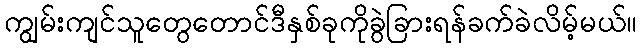
ကျွမ်းကျင်သူတွေတောင်ဒီနှစ်ခုကိုခွဲခြားရန်ခက်ခဲလိမ့်မယ်။